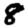
Digit: 8